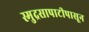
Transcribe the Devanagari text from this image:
स्मुद्रसापाटीपासून